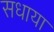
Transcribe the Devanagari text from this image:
सधाया